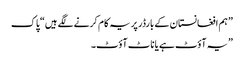
” ہم افغانستان کے بارڈر پر یہ کام کرنے لگے ہیں“ پاک
” یہ آؤٹ ہے یا ناٹ آؤٹ۔